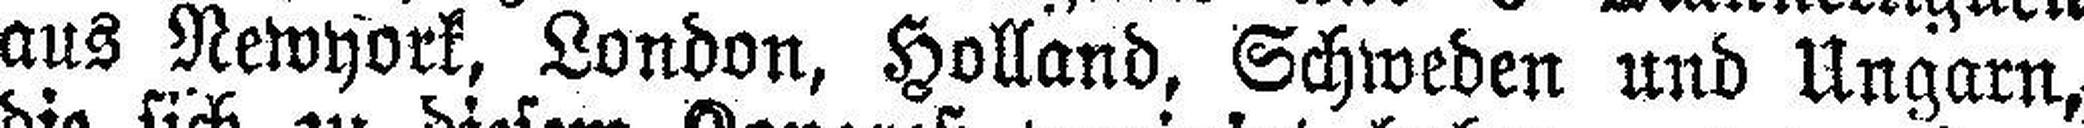
aus Newyork, London, Holland, Schweden und Ungarn,